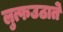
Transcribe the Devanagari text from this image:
लुत्फउठाते